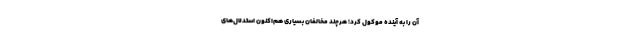
آن را به آینده موکول کرد؛ هرچند مخالفان بسیاری هم‌اکنون استدلال‌های